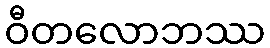
ဝီတလောဘဿ